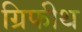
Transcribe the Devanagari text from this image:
ग्रिफीथ